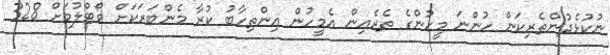
ނުކުޅެދުންތެރިކަން ހުންނަ މީހުންގެ ތެރެއިން އެމީހުން އިންތިހާބު ކުރާ މެންބަރަކަށް ވޯޓްލުމަށް 328